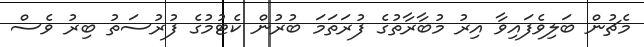
މެޗުން ބަލިވެފައިވާ އިރު މުބާރާތުގެ ފުރަތަމަ ބުރުން ކެޓުމުގެ ފުރުސަތު ބިރު ވެސް